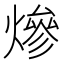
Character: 𤍜